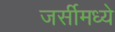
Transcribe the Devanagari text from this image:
जर्सीमध्ये